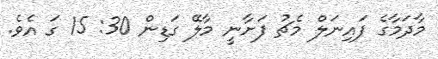
މާދަމާގެ ފައިނަލް މެޗު ފަށާނީ މާލޭ ގަޑިން 30: 15 ގަ އެވެ.